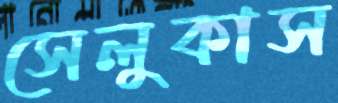
সেলুকাস